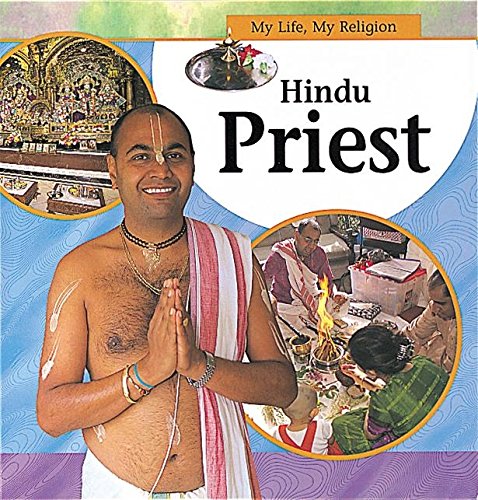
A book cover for Hindu Priest (My Life, My Religion); Rasamandala Das; Children's Books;